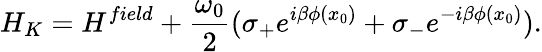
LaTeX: H_{K}=H^{field}+\frac{\omega_{0}}{2}(\sigma_{+}e^{i\beta\phi(x_{0})}+\sigma_{-}e^{-i\beta\phi(x_{0})}).